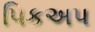
પિકઅપ